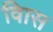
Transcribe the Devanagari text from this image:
विास